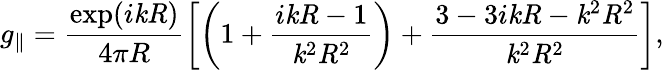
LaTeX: g_{\parallel}=\frac{\exp(i\mathit{k}\mathit{R})}{4\pi R}\left[\left(1+\frac{i\mathit{k}\mathit{R}-1}{\mathit{k}^{2}\mathit{R}^{2}}\right)+\frac{3-3i\mathit{k}\mathit{R}-\mathit{k}^{2}\mathit{R}^{2}}{\mathit{k}^{2}\mathit{R}^{2}}\right],